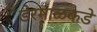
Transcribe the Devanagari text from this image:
डेरमाळकडे